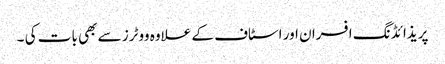
پریذائڈنگ افسران اور اسٹاف کے علاوہ ووٹرز سے بھی بات کی ۔